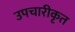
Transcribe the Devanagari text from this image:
उपचारीकृत